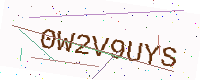
Text: 0W2V9UYS